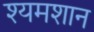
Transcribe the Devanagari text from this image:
श्यमशान